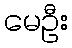
မေဦး